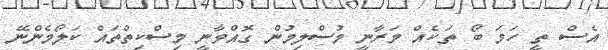
އެސް ތީ ހަމަ ބޯ ތަކެއް މަރާނީ މުސްލިމުން ގޮއްވާނީ މިސްކިތްތައް ކަލޯމެންނޭ